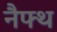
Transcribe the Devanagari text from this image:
नैफ्थ